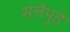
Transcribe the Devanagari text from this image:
सत्तेपुढे